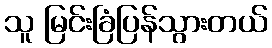
သူ မြင်းခြံပြန်သွားတယ်